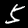
Digit: 5